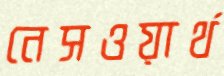
নেসওয়ার্থ